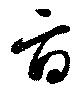
旨